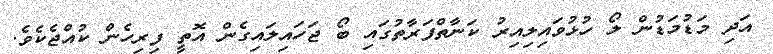
އަދި މަޑުމަޑުން ލޯ ހުޅުވައިލިއިރު ކަނާތްފަރާތުގައި ބޯ ޖަހައިލައިގެން އޮތީ ފިރިހެން ކުއްޖެކެވެ.